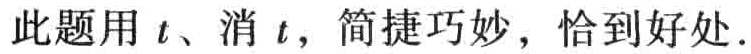
此题用 \(t\)、消 \(t\)，简捷巧妙，恰到好处.